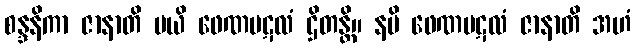
စန္ဒနိကာ ဇာနာတိ မယိ ဖေဏပဋလံ ဌိတန္တိ။ နပိ ဖေဏပဋလံ ဇာနာတိ အဟံ